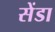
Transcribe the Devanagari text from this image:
सेंडा